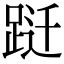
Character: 跹